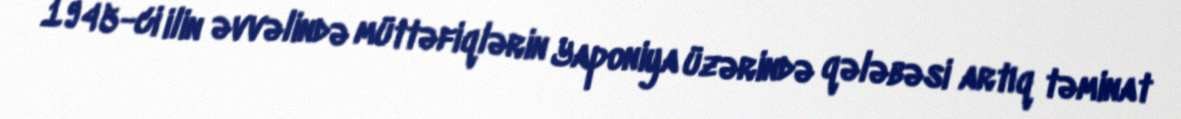
1945-ci ilin əvvəlində müttəfiqlərin Yaponiya üzərində qələbəsi artıq təminat